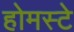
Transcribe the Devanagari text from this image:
होमस्टे